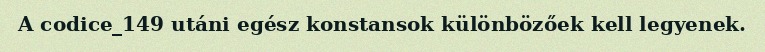
A codice_149 utáni egész konstansok különbözőek kell legyenek.